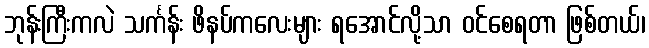
ဘုန်းကြီးကလဲ သင်္ကန်း ဖိနပ်ကလေးများ ရအောင်လို့သာ ဝင်စေရတာ ဖြစ်တယ်၊